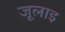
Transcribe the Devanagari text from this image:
जूलाइ